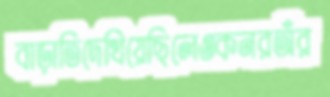
বাড়াতিদেখিয়েছিলেওকনরঅঁর